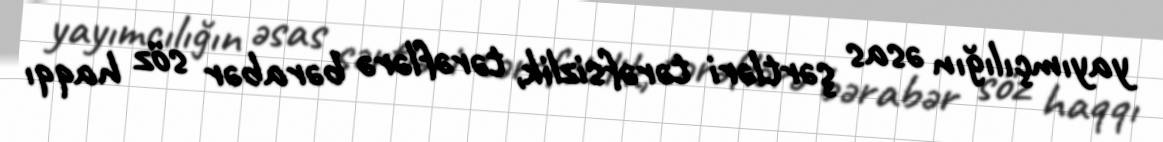
yayımçılığın əsas şərtləri tərəfsizlik, tərəflərə bərabər söz haqqı